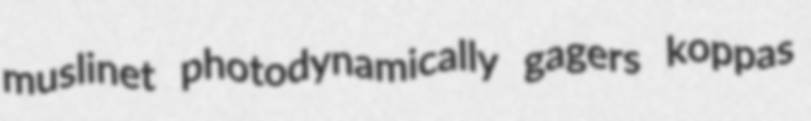
muslinet photodynamically gagers koppas